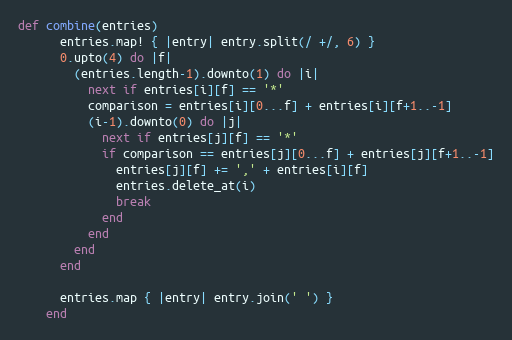
Language: Ruby
def combine(entries)
      entries.map! { |entry| entry.split(/ +/, 6) }
      0.upto(4) do |f|
        (entries.length-1).downto(1) do |i|
          next if entries[i][f] == '*'
          comparison = entries[i][0...f] + entries[i][f+1..-1]
          (i-1).downto(0) do |j|
            next if entries[j][f] == '*'
            if comparison == entries[j][0...f] + entries[j][f+1..-1]
              entries[j][f] += ',' + entries[i][f]
              entries.delete_at(i)
              break
            end
          end
        end
      end

      entries.map { |entry| entry.join(' ') }
    end